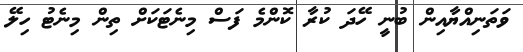
ވަތަނިއްޔާއިން ބުނީ ހޭދަ ކުރާ ކޮންމެ ފަސް މިނެޓަކަށް ތިން މިނެޓު ހިލޭ